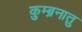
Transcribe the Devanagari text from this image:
कुम्ब्रनातु